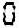
0